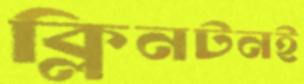
ক্লিনটনই